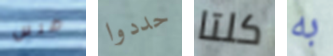
ضرس حددوا كلتا به